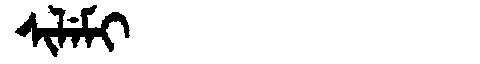
Manchu: ᠰᡳᠯᡝᠮᡳ
Romanization: SILEMI